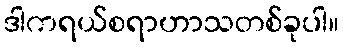
ဒါကရယ်စရာဟာသတစ်ခုပါ။